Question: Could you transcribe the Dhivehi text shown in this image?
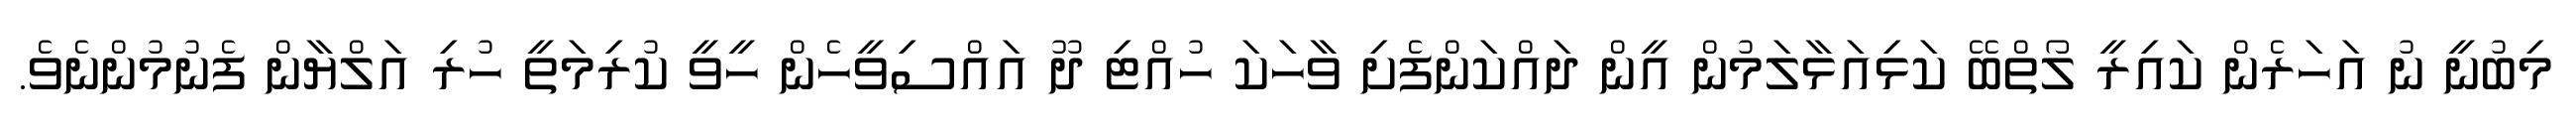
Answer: މިބުނީ ނު އަހަރެން ކައިރީ ލޯތްބޭ ކަޅިއަޅާލަމުން އީން ދައްކަންފެށި ވާހަކަ ހުއްޓި ދޫ އައްސިވީހެން ހީވީ ކުރިމަތީ ހުރި އަލްޔާން ފެނުމުންނެވެ.